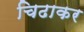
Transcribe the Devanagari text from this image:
चिढाकर